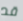
قد